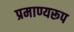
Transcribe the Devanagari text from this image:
प्रमाण्यरूप